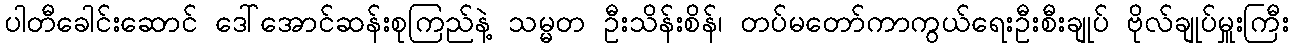
ပါတီခေါင်းဆောင် ဒေါ်အောင်ဆန်းစုကြည်နဲ့ သမ္မတ ဦးသိန်းစိန်၊ တပ်မတော်ကာကွယ်ရေးဦးစီးချုပ် ဗိုလ်ချုပ်မှူးကြီး